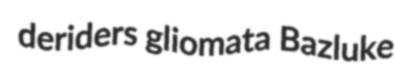
deriders gliomata Bazluke